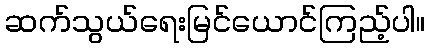
ဆက်သွယ်ရေးမြင်ယောင်ကြည့်ပါ။